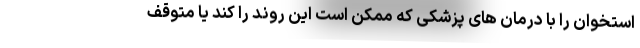
استخوان را با درمان های پزشکی که ممکن است این روند را کند یا متوقف